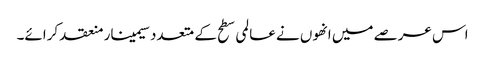
اس عرصے میں انھوں نے عالمی سطح کے متعدد سیمینار منعقد کرائے۔